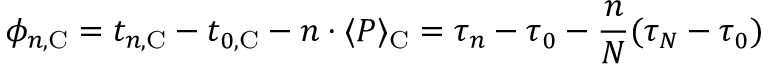
\phi _ { n , { \mathrm C } } = t _ { n , \mathrm C } - t _ { 0 , \mathrm C } - n \cdot \langle P \rangle _ { \mathrm C } = \tau _ { n } - \tau _ { 0 } - { \frac { n } { N } } ( \tau _ { N } - \tau _ { 0 } )